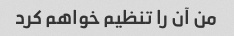
من آن را تنظیم خواهم کرد